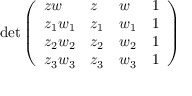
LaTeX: \operatorname* { d e t } { \left( \begin{array} { l l l l } { z w } & { z } & { w } & { 1 } \\ { z _ { 1 } w _ { 1 } } & { z _ { 1 } } & { w _ { 1 } } & { 1 } \\ { z _ { 2 } w _ { 2 } } & { z _ { 2 } } & { w _ { 2 } } & { 1 } \\ { z _ { 3 } w _ { 3 } } & { z _ { 3 } } & { w _ { 3 } } & { 1 } \end{array} \right) }